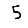
Digit: 5